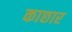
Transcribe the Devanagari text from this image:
काछार